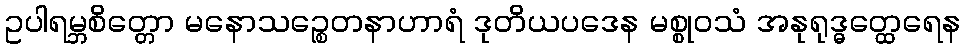
ဥပါရမ္ဘစိတ္တော မနောသဉ္စေတနာဟာရံ ဒုတိယပဒေန မစ္စုဝသံ အနုရုဒ္ဓတ္ထေရေန